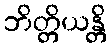
ဘိတ္တိယန္တိ